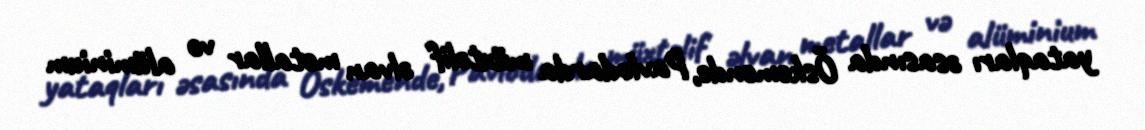
yataqları əsasında Öskemende, Pavlodarda müxtəlif əlvan metallar və alüminium